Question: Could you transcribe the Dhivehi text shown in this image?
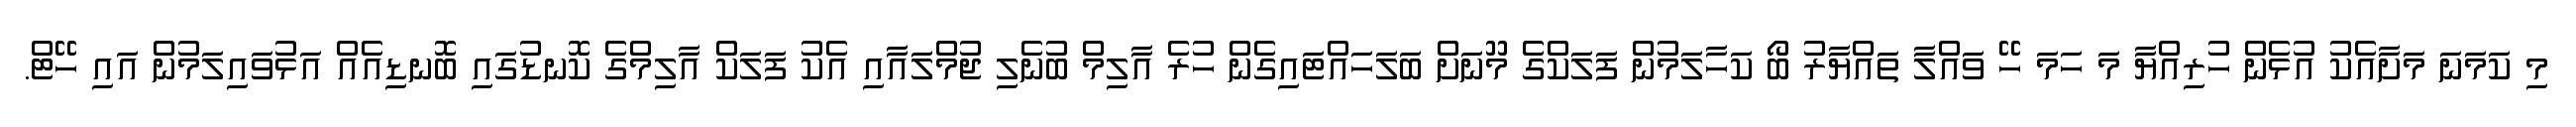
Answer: މި ކަމަނަ މަށާއެކު އުޅެން ހުރިއްޔާ މަ ހަމަ ހޭ ވައްލާ ތައްޔާރު ބޯ ކަހާލަމުން ފަލަކްގެ މޫނަށް ބަލަހައްޓައިގެން ހުރެ އާލިމް ބުނެލި ޖުމްލައާއި އެކު ފަލަކް އާލިމްގެ ކޮނޑުގައި ބޮނޑިއެއް އަޅުވައިލަމުން އައި ހޭޓް.